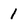
Character: 1